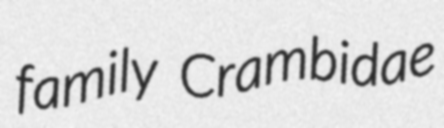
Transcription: family Crambidae